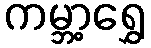
ကမ္ဘာ့ရွှေ